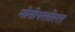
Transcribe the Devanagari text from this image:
मोनोफ्लोरल